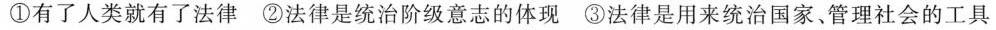
①有了人类就有了法律 ②法律是统治阶级意志的体现 ③法律是用来统治国家、管理社会的工具